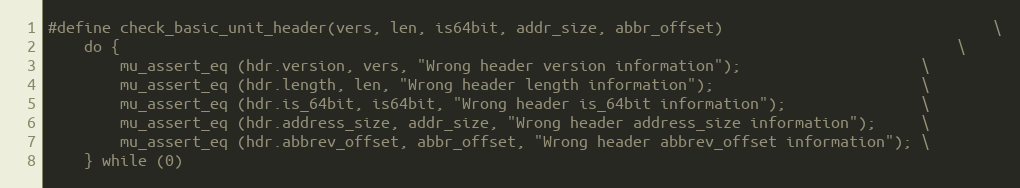
Language: C
#define check_basic_unit_header(vers, len, is64bit, addr_size, abbr_offset)                              \
	do {                                                                                             \
		mu_assert_eq (hdr.version, vers, "Wrong header version information");                    \
		mu_assert_eq (hdr.length, len, "Wrong header length information");                       \
		mu_assert_eq (hdr.is_64bit, is64bit, "Wrong header is_64bit information");               \
		mu_assert_eq (hdr.address_size, addr_size, "Wrong header address_size information");     \
		mu_assert_eq (hdr.abbrev_offset, abbr_offset, "Wrong header abbrev_offset information"); \
	} while (0)